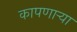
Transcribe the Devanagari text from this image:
कापणाऱ्या